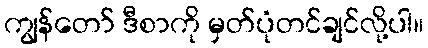
ကျွန်တော် ဒီစာကို မှတ်ပုံတင်ချင်လို့ပါ။